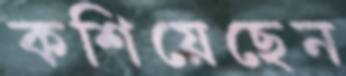
কশিয়েছেন